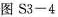
图 S3-4